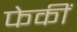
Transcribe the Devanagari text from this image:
फेकीं